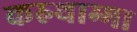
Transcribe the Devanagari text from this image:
करुथाम्मा